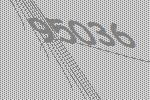
95036